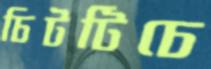
চিটটিচে